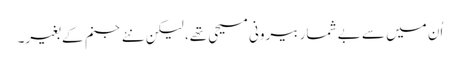
اُن میں سے بے شمار بیرونی مسیحی تھے، لیکن نئے جنم کے بغیر۔